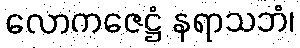
လောကဇေဋ္ဌံ နရာသဘံ၊